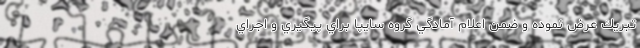
تبريك عرض نموده و ضمن اعلام آمادگي گروه سايپا براي پيگيري و اجراي